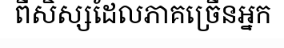
ពីសិស្សដែលភាគច្រើនអ្នក